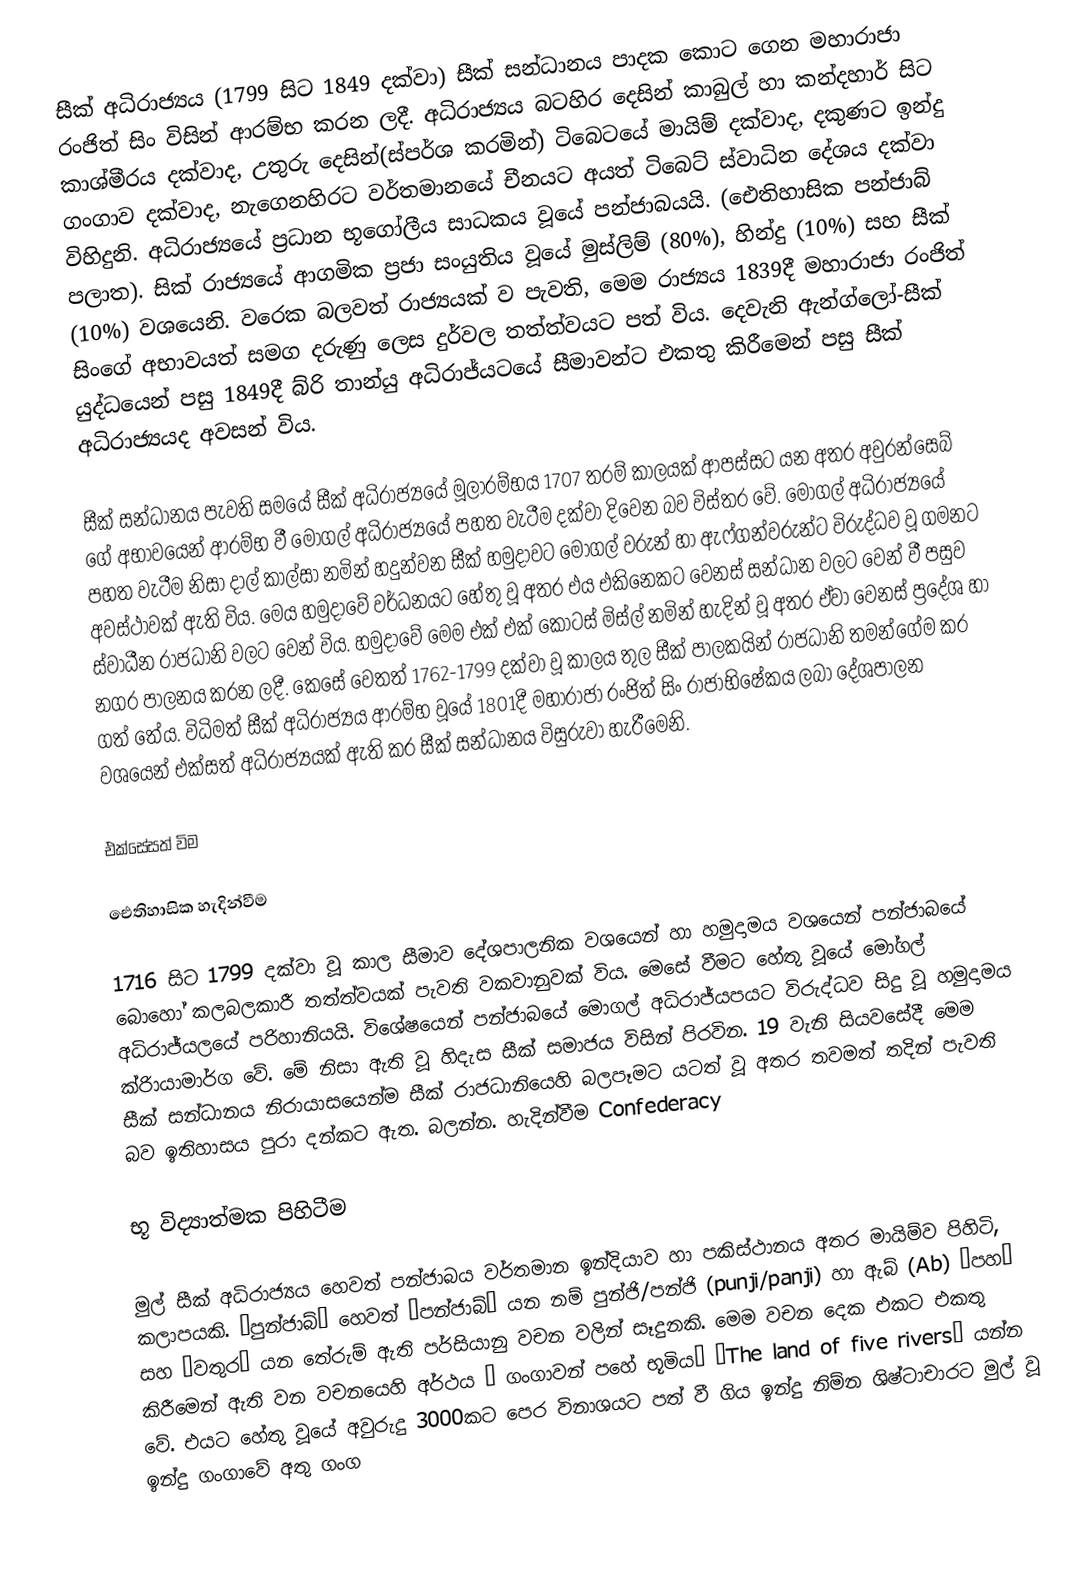
සීක් අධිරාජ්‍යය (1799 සිට 1849 දක්වා) සීක් සන්ධානය පාදක කොට ගෙන මහාරාජා රංජිත් සිං විසින් ආරම්භ කරන ලදී. අධිරාජ්‍යය බටහිර දෙසින් කාබුල් හා කන්දහාර් සිට කාශ්මීරය දක්වාද, උතුරු දෙසින්(ස්පර්ශ කරමින්) ටිබෙටයේ මායිම් දක්වාද, දකුණට ඉන්දු ගංගාව දක්වාද, නැගෙනහිරට වර්තමානයේ චීනයට අයත් ටිබෙට් ස්වාධින දේශය දක්වා විහිදුනි. අධිරාජ්‍යයේ ප්‍රධාන භූගෝලීය සාධකය වූයේ පන්ජාබයයි. (ඓතිහාසික පන්ජාබ් පලාත). සික් රාජ්‍යයේ ආගමික ප්‍රජා සංයුතිය වූයේ මුස්ලිම් (80%), හින්දු (10%) සහ සීක් (10%) වශයෙනි. වරෙක බලවත් රාජ්‍යයක් ව පැවති, මෙම රාජ්‍යය 1839දී මහාරාජා රංජිත් සිංගේ අභාවයත් සමග දරුණු ලෙස දුර්වල තත්ත්වයට පත් විය. දෙවැනි ඇන්ග්ලෝ-සීක් යුද්ධයෙන් පසු 1849දී බ්රි තාන්යු අධිරාජ්යටයේ සීමාවන්ට එකතු කිරීමෙන් පසු සීක් අධිරාජ්‍යයද අවසන් විය.

සීක් සන්ධානය පැවති සමයේ සීක් අධිරාජ්‍යයේ මූලාරම්භය 1707 තරම් කාලයක් ආපස්සට යන අතර අවුරන්සෙබ් ගේ අභාවයෙන් ආරම්භ වී මෝගල් අධිරාජ්‍යයේ පහත වැටීම දක්වා දිවෙන බව විස්තර වේ. මෝගල් අධිරාජ්‍යයේ පහත වැටීම නිසා දාල් කාල්සා නමින් හදුන්වන සීක් හමුදාවට මොගල් වරුන් හා ඇෆ්ගන්වරුන්ට විරුද්ධව වූ ගමනට අවස්ථාවක් ඇති විය. මෙය හමුදාවේ වර්ධනයට හේතු වූ අතර එය එකිනෙකට වෙනස් සන්ධාන වලට වෙන් වී පසුව ස්වාධීන රාජධානි වලට වෙන් විය. හමුදාවේ මෙම එක් එක්‍ කොටස් මිස්ල් නමින් හැදින් වූ අතර ඒවා වෙනස් ප්‍රදේශ හා නගර පාලනය කරන ලදී. කෙසේ වෙතත් 1762-1799 දක්වා වූ කාලය තුල සීක් පාලකයින් රාජධානි තමන්ගේම කර ගත් තේය. විධිමත් සීක් අධිරාජ්‍යය ආරම්භ වූයේ 1801දී මහාරාජා රංජිත් සිං රාජාභිෂේකය ලබා දේශපාලන වශයෙන් එක්සත් අධිරාජ්‍යයක් ඇති කර සීක් සන්ධානය විසුරුවා හැරීමෙනි.

එක්සේසත් විම

ඓතිහාසික හැදින්වීම

1716 සිට 1799 දක්වා වූ කාල සීමාව දේශපාලනික වශයෙන් හා හමුදාමය වශයෙන් පන්ජාබයේ බොහෝ කලබලකාරී තත්ත්වයක් පැවති වකවානුවක් විය. මෙසේ වීමට හේතු වූයේ මෝගල් අධිරාජ්යලයේ පරිහානියයි. වි‍ශේෂයෙන් පන්ජාබයේ මොගල් අධිරාජ්යපයට විරුද්ධව සිදු වූ හමුදාමය ක්රිායාමාර්ග වේ. මේ නිසා ඇති වූ හිදැස සීක් සමාජය විසින් පිරවින. 19 වැනි සියවසේදී මෙම සීක් සන්ධානය නිරායාසයෙන්ම සීක් රාජධානියෙහි බලපෑමට යටත් වූ අතර තවමත් තදින් පැවති බව ඉතිහාසය පුරා දන්කට ඇත. බලන්න. හැදින්වීම Confederacy

භූ විද්‍යාත්මක පිහිටීම

මුල් සීක් අධිරාජ්‍යය හෙවත් පන්ජාබය වර්තමාන ඉන්දියාව හා පකිස්ථානය අතර මායිම්ව පිහිටි, කලාපයකි. “පුන්ජාබ්” හෙවත් “පන්ජාබ්” යන නම් පුන්ජි/පන්ජි (punji/panji) හා ඇබ් (Ab) “පහ” සහ “වතුර” යන තේරුම් ඇති පර්සියානු වචන වලින් සෑදුනකි. මෙම වචන දෙක එකට එකතු කිරීමෙන් ඇති වන වචනයෙහි අර්ථය “ ගංගාවන් පහේ භූමිය” “The land of five rivers” යන්න වේ. එයට හේතු වූයේ අවුරුදු 3000කට පෙර විනාශයට පත් වී ගිය ඉන්දු නිම්න ශිෂ්ටාචාරට‍ මුල් වූ ඉන්දු ගංගාවේ අතු ගංග